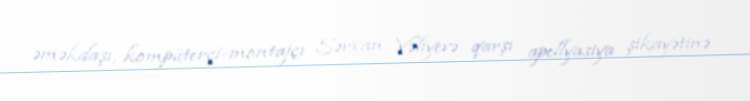
əməkdaşı, kompüterçi-montajçı Sərxan Vəliyevə qarşı apellyasiya şikayətinə